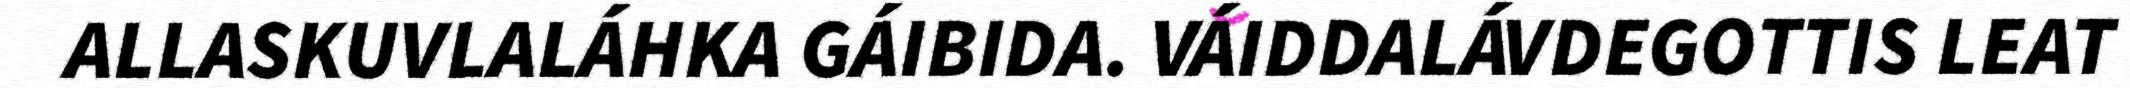
ALLASKUVLALÁHKA GÁIBIDA. VÁIDDALÁVDEGOTTIS LEAT